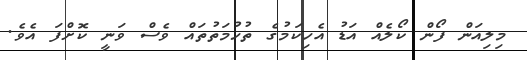
މިލިއަން ފޯން ކޯލެއް އަޑު އެހިކަމުގެ ތުހުމަތުތައް ވެސް ވަނީ ކޮށްފަ އެވެ.